Indian Medical Review
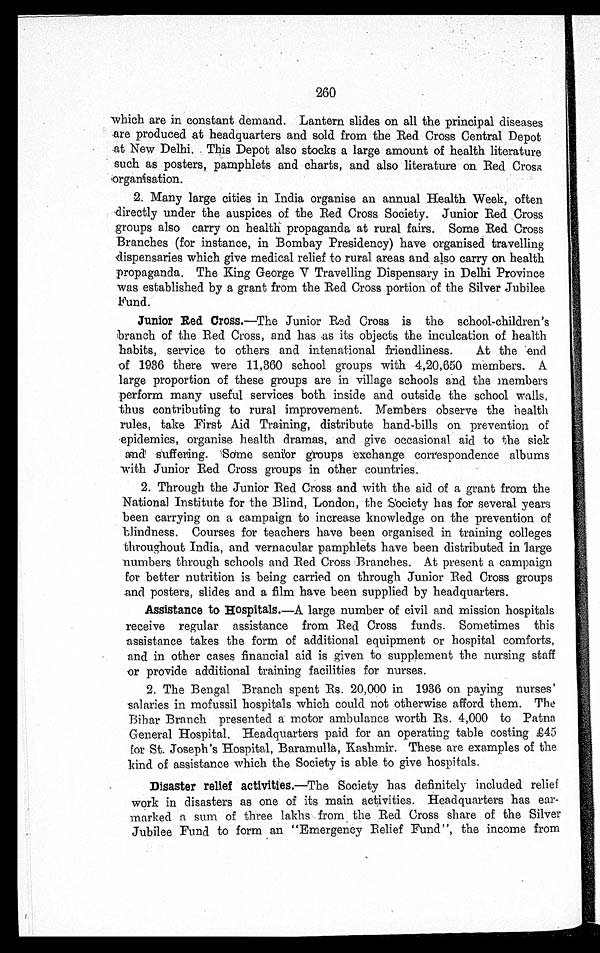
260
which are in constant demand. Lantern slides on all the principal diseases
are produced at headquarters and sold from the Red Cross Central Depot
at New Delhi. This Depot also stocks a large amount of health literature
such as posters, pamphlets and charts, and also literature on Red Cross
organisation.
2. Many large cities in India organise an annual Health Week, often
directly under the auspices of the Red Cross Society. Junior Red Cross
groups also carry on health propaganda at rural fairs. Some Red Cross
Branches (for instance, in Bombay Presidency) have organised travelling
dispensaries which give medical relief to rural areas and also carry on health
propaganda. The King George V Travelling Dispensary in Delhi Province
was established by a grant from the Red Cross portion of the Silver Jubilee
Fund.
Junior Red Cross.—The Junior Red Cross is the school-children's
branch of the Red Cross, and has as its objects the inculcation of health
habits, service to others and intenational friendliness. At the end
of 1936 there were 11,360 school groups with 4,20,650 members. A
large proportion of these groups are in village schools and the members
perform many useful services both inside and outside the school walls,
thus contributing to rural improvement. Members observe the health
rules, take First Aid Training, distribute hand-bills on prevention of
epidemics, organise health dramas, and give occasional aid to the sick
and suffering. Some senior groups exchange correspondence albums
with Junior Red Cross groups in other countries.
2. Through the Junior Red Cross and with the aid of a grant from the
National Institute for the Blind, London, the Society has for several years
been carrying on a campaign to increase knowledge on the prevention of
blindness. Courses for teachers have been organised in training colleges
throughout India, and vernacular pamphlets have been distributed in large
numbers through schools and Red Cross Branches. At present a campaign
for better nutrition is being carried on through Junior Red Cross groups
and posters, slides and a film have been supplied by headquarters.
Assistance to Hospitals.—A large number of civil and mission hospitals
receive regular assistance from Red Cross funds. Sometimes this
assistance takes the form of additional equipment or hospital comforts,
and in other cases financial aid is given to supplement the nursing staff
or provide additional training facilities for nurses.
2. The Bengal Branch spent Rs. 20,000 in 1936 on paying nurses'
salaries in mofussil hospitals which could not otherwise afford them. The
Bihar Branch presented a motor ambulance worth Rs. 4,000 to Patna
General Hospital. Headquarters paid for an operating table costing £45
for St. Joseph's Hospital, Baramulla, Kashmir. These are examples of the
kind of assistance which the Society is able to give hospitals.
Disaster relief activities.—The Society has definitely included relief
work in disasters as one of its main activities. Headquarters has ear
-
marked a sum of three lakhs from the Red Cross share of the Silver
Jubilee Fund to form an "Emergency Relief Fund", the income from